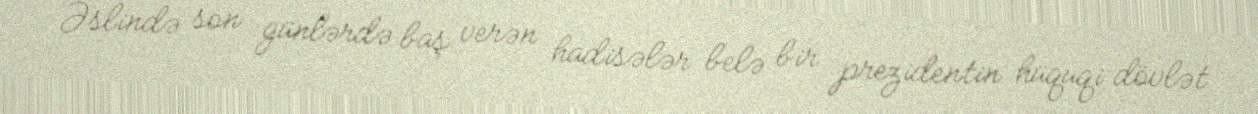
Əslində son günlərdə baş verən hadisələr belə bir prezidentin hüquqi dövlət